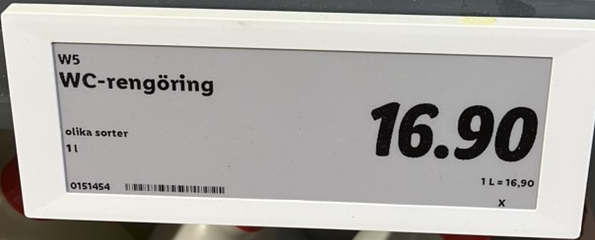
Vara: WC-rengöring
Genomsnittspris: 16.9 per L